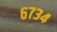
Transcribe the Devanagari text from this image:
६७३४